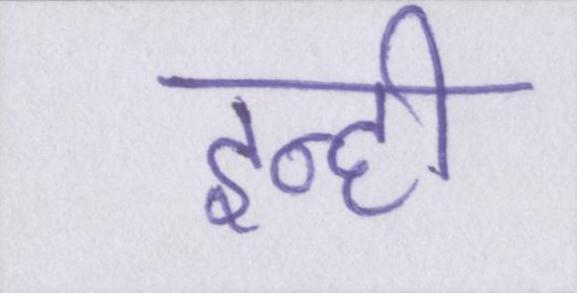
इन्ही